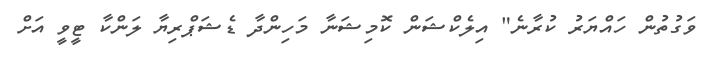
ވަގުތުން ހައްޔަރު ކުރާނެ" އިލެކްޝަން ކޮމިޝަނާ މަހިންދާ ޑެޝަޕްރިޔާ ލަންކާ ޓީވީ އަށް